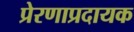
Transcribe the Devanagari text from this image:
प्रेरणाप्रदायक